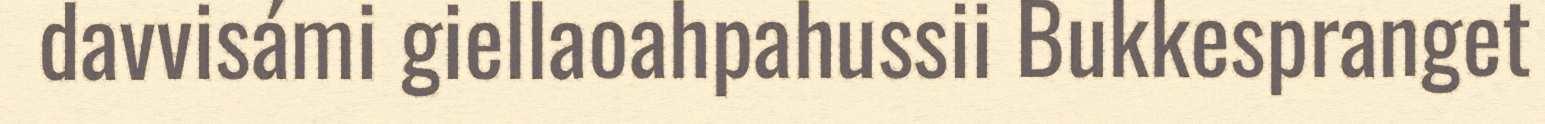
davvisámi giellaoahpahussii Bukkespranget